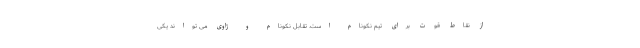
از نقاط قوت برای تیم نکونام است. تقابل نکونام و ژاوی می تواند یکی